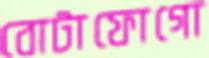
বোটাফোগো